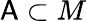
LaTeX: \mathsf{A}\subset M